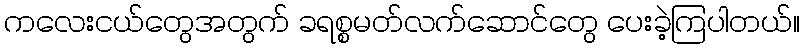
ကလေးငယ်တွေအတွက် ခရစ္စမတ်လက်ဆောင်တွေ ပေးခဲ့ကြပါတယ်။